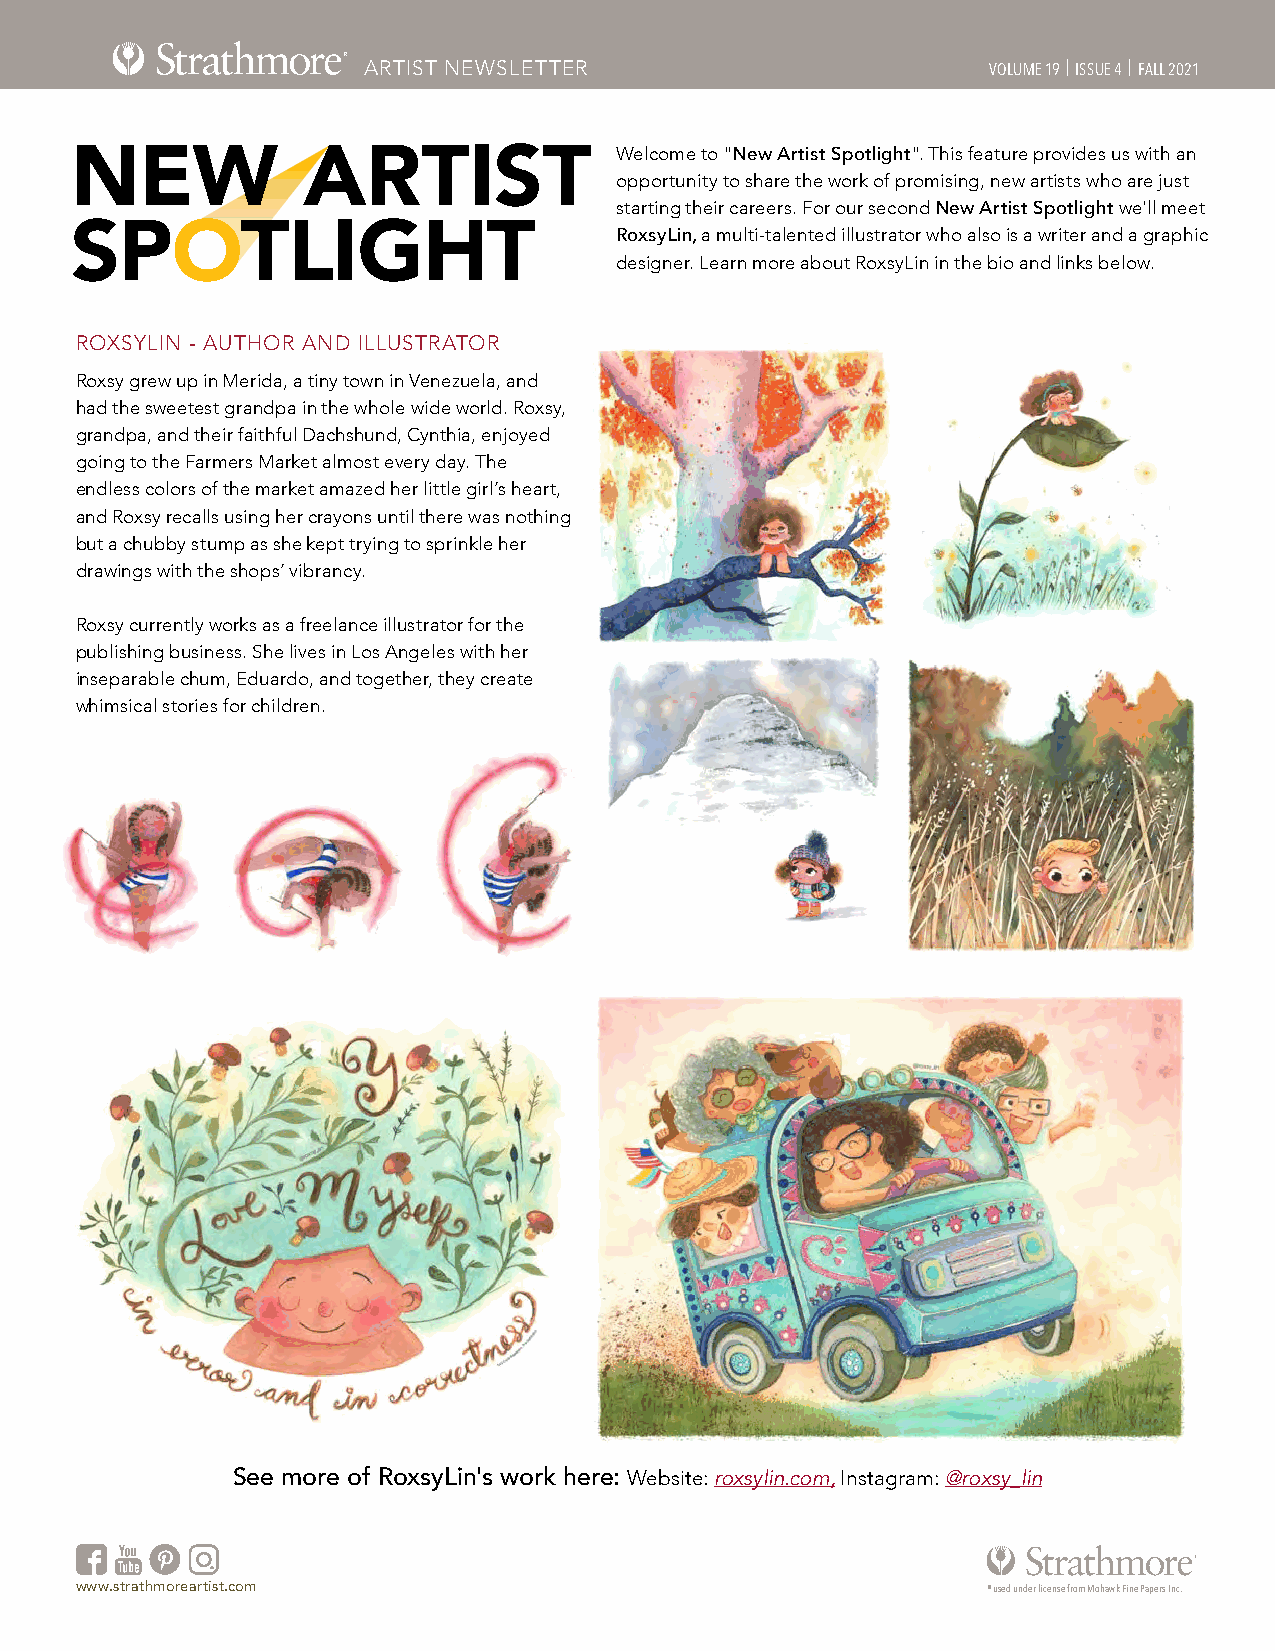
ARTIST NEWSLETTER                         VOLUME 19 | ISSUE 4 | FALL 2021
 Welcome to "New Artist Spotlight". This feature provides us with an
 NEW            ARTIST
 opportunity to share the work of promising, new artists who are just
 starting their careers. For our second New Artist Spotlight we'll meet
 SPOTLIGHT                           RoxsyLin, a multi-talented illustrator who also is a writer and a graphic
 designer. Learn more about RoxsyLin in the bio and links below.
 ROXSYLIN - AUTHOR AND ILLUSTRATOR
 Roxsy grew up in Merida, a tiny town in Venezuela, and
 had the sweetest grandpa in the whole wide world. Roxsy,
 grandpa, and their faithful Dachshund, Cynthia, enjoyed
 going to the Farmers Market almost every day. The
 endless colors of the market amazed her little girl’s heart,
 and Roxsy recalls using her crayons until there was nothing
 but a chubby stump as she kept trying to sprinkle her
 drawings with the shops’ vibrancy.
 Roxsy currently works as a freelance illustrator for the
 publishing business. She lives in Los Angeles with her
 inseparable chum, Eduardo, and together, they create
 whimsical stories for children.
 See more of RoxsyLin's work here: Website: roxsylin.com, Instagram: @roxsy_lin
 www.strathmoreartist.com                                    ® used under license from Mohawk Fine Papers Inc.